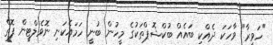
"ހަވީރާ" ވާހަކަ ދެއްކި ބައެއް ބުކްޝޮޕްތަކުގެ މީހުން ބުނީ ހަމައެކަނި ނޮވެލްޓީން ފޮތް